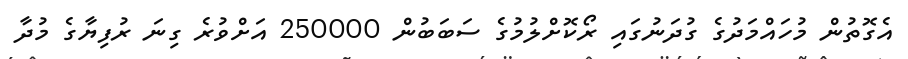
އެގޮތުން މުހައްމަދުގެ ގުދަނުގައި ރޯކޮށްލުމުގެ ސަބަބުން 250000 އަށްވުރެ ގިނަ ރުފިޔާގެ މުދާ